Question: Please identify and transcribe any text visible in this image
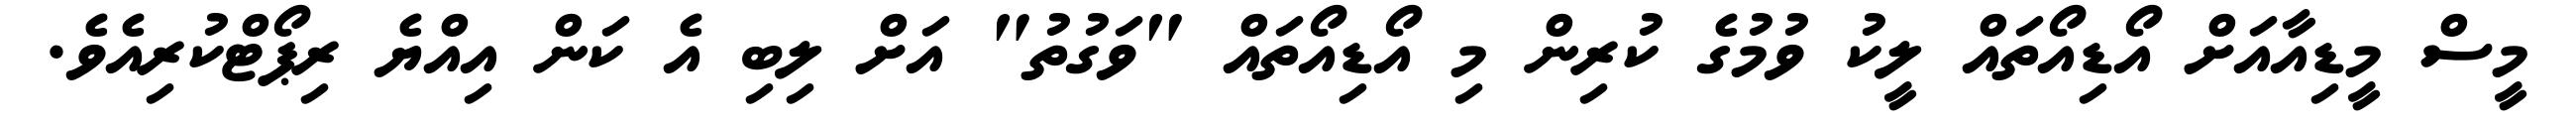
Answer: މީސް މީޑިއާއަށް އޯޑިއޯތައް ލީކު ވުމުގެ ކުރިން މި އޯޑިއޯތައް "ވަގުތު" އަށް ލިބި އެ ކަން އިއްޔެ ރިޕޯޓްކުރިއެވެ.